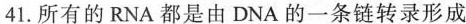
41.所有的RNA都是由DNA的一条链转录形成